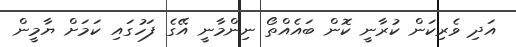
އަދި ވެރިކަން ކުރާނީ ކޮން ބައެއްތޯ ނިންމާނީ އޭގެ ފަހުގައި ކަމަށް ޔާމީން